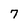
Character: 7